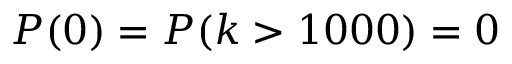
P ( 0 ) = P ( k > 1 0 0 0 ) = 0